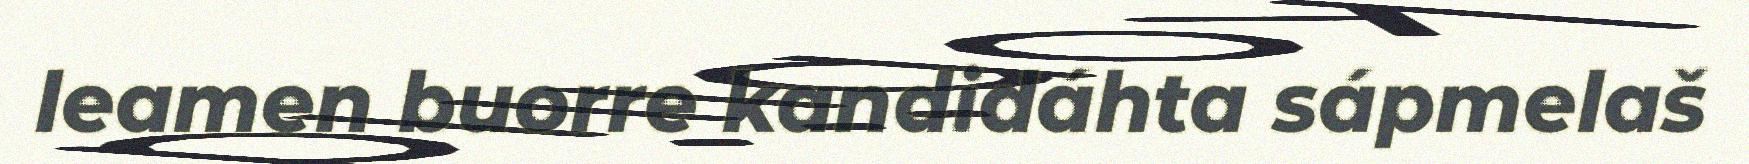
leamen buorre kandidáhta sápmelaš